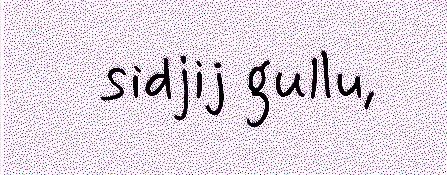
sidjij gullu,